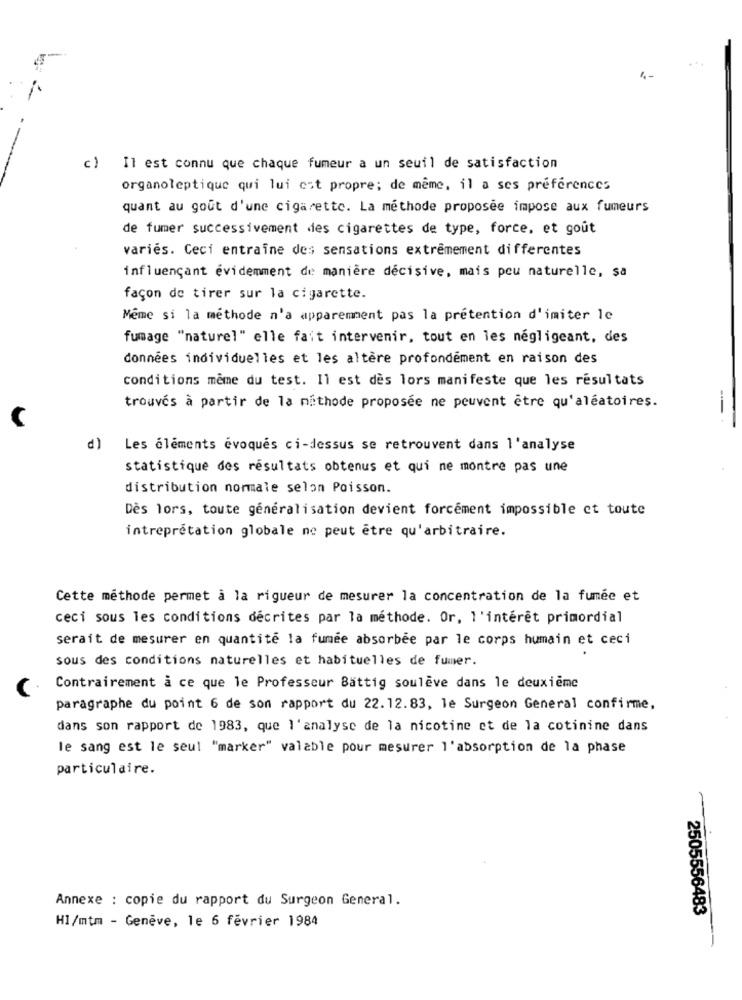
c)
Il est connu que chaque fumeur a un seuil de satisfaction
organoleptique qui lui est propre; de même, il a ses preferences
quant au gout d'une cigarette. La méthode proposée impose aux fumeurs
de fumer successivement des cigarettes de type, force, et goût
variés. Ceci entraîne des sensations extrêmement differentes
influençant évidemment de manière décisive, mais peu naturelle, sa
façon de tirer sur la cigarette.
Même si la méthode n'a apparemment pas la prétention d'imiter le
fumage "naturel" elle fait intervenir, tout en les négligeant, des
données individuelles et les altère profondément en raison des
conditions même du test. Il est dès lors manifeste que les résultats
trouvés à partir de la methode proposée ne peuvent être qu'aléatoires.
d)
Les éléments évoqués ci-dessus se retrouvent dans l'analyse
statistique des résultats obtenus et qui ne montre pas une
distribution normale selon Poisson.
Dès lors, toute généralisation devient forcément impossible et toute
intreprétation globale ne peut être qu'arbitraire.
Cette méthode permet à la rigueur de mesurer la concentration de la fumée et
ceci sous les conditions décrites par la méthode. Or, l'intérêt primordial
serait de mesurer en quantité la fumée absorbée par le corps humain et ceci
sous des conditions naturelles et habituelles de fumer.
Contrairement à ce que le Professeur Battig soulève dans le deuxième
paragraphe du point 6 de son rapport du 22.12.83, le Surgeon General confirme,
dans son rapport de 1983, que l'analyse de la nicotine et de la cotinine dans
le sang est le seul "marker" valable pour mesurer l'absorption de la phase
particulaire.
-
Annexe : copie du rapport du Surgeon General.
2505556483
H1/mtm - Genève, le 6 février 1984